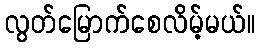
လွတ်မြောက်စေလိမ့်မယ်။